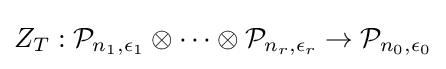
Z_{T}:{\mathcal {P}}_{n_{1},\epsilon _{1}}\otimes \cdots \otimes {\mathcal {P}}_{n_{r},\epsilon _{r}}\to {\mathcal {P}}_{n_{0},\epsilon _{0}}